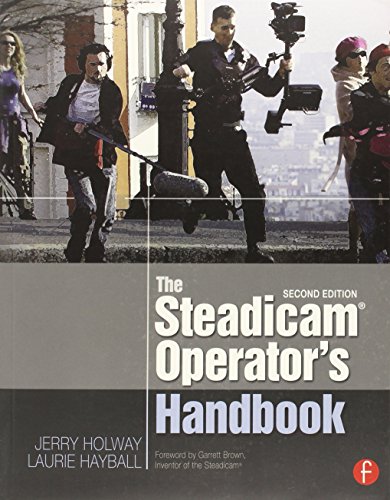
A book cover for The SteadicamÂ® Operator's Handbook; Jerry Holway; Humor & Entertainment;